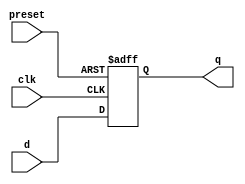
module async_preset_d_flip_flop (
    input wire clk,
    input wire preset,
    input wire d,
    output reg q
);

always @(posedge clk or posedge preset)
begin
    if (preset)
        q <= 1'b1;
    else
        q <= d;
end

endmodule